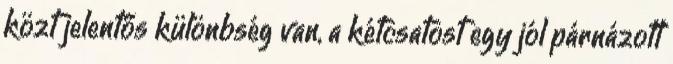
közt jelentős különbség van, a kétcsatost egy jól párnázott